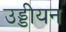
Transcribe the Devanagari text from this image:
उड्डीयन